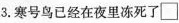
3.寒号鸟已经在夜里冻死了□